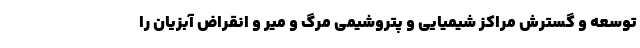
توسعه و گسترش مراکز شیمیایی و پتروشیمی مرگ و میر و انقراض آبزیان را